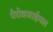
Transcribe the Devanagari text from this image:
पैरोक्जाईमल